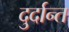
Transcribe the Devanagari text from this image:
दु्र्दान्त